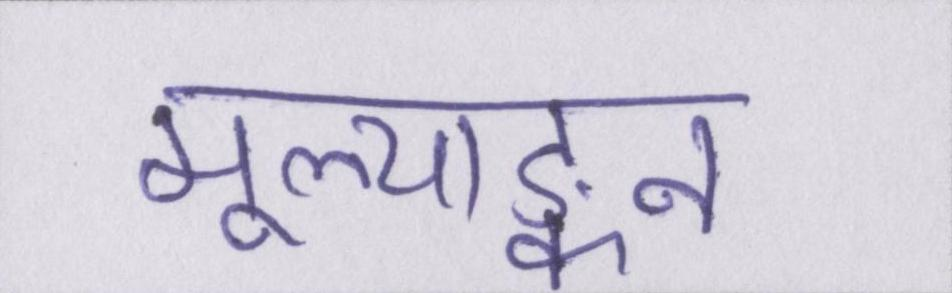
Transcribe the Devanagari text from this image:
मूल्याङ्कन